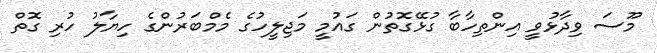
މޫސަ ވިދާޅުވީ އިންތިހާބާ ގުޅޭގޮތުން ގައުމީ މަޖިލީހުގެ މެމްބަރުންގެ ހިޔާލު ހުރި ގޮތް